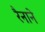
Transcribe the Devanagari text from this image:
रैनाने